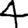
Digit: 4